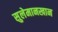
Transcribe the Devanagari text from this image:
सुलेमानखान